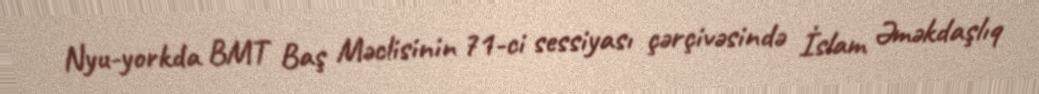
Nyu-yorkda BMT Baş Məclisinin 71-ci sessiyası çərçivəsində İslam Əməkdaşlıq